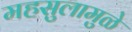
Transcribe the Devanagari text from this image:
महसुलामुळे